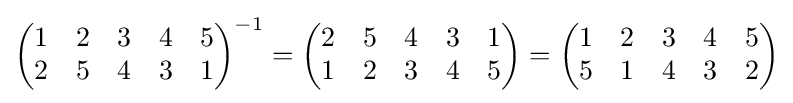
{\begin{pmatrix}1&2&3&4&5\\2&5&4&3&1\end{pmatrix}}^{-1}={\begin{pmatrix}2&5&4&3&1\\1&2&3&4&5\end{pmatrix}}={\begin{pmatrix}1&2&3&4&5\\5&1&4&3&2\end{pmatrix}}